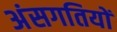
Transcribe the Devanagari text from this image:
अंसगतियों